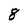
Character: 8